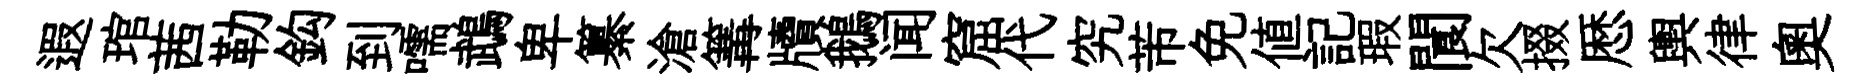
遐琯茜勒鈎到嚅鵡卑纂滄篝牘鵝闻窟代究芾免值記瑕閬欠掇厯輿律奥